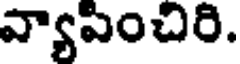
వ్యాపించిరి.